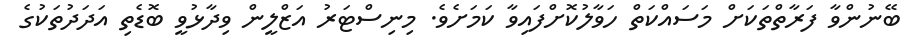
ބޭނުންވާ ފަރާތްތަކަށް މަސައްކަތް ހަވާލުކޮށްފައިވާ ކަމަށެވެ. މިނިސްޓަރު އަޒްލީން ވިދާޅުވީ ބޮޑެތި އަދަދުތަކުގެ